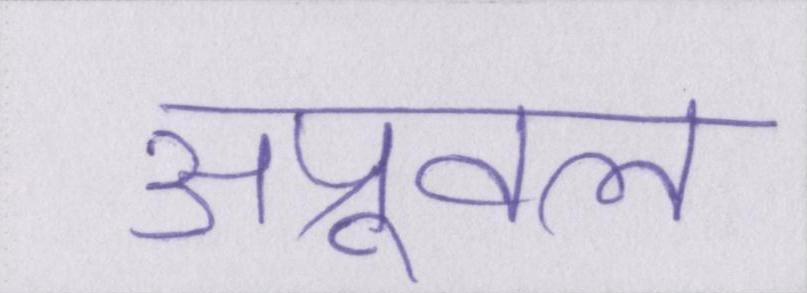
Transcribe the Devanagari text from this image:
अप्रूवल